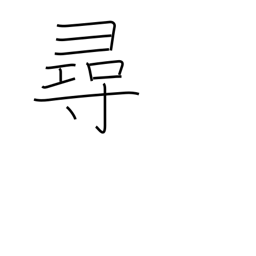
Meaning: look for